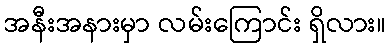
အနီးအနားမှာ လမ်းကြောင်း ရှိလား။